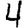
Digit: 4